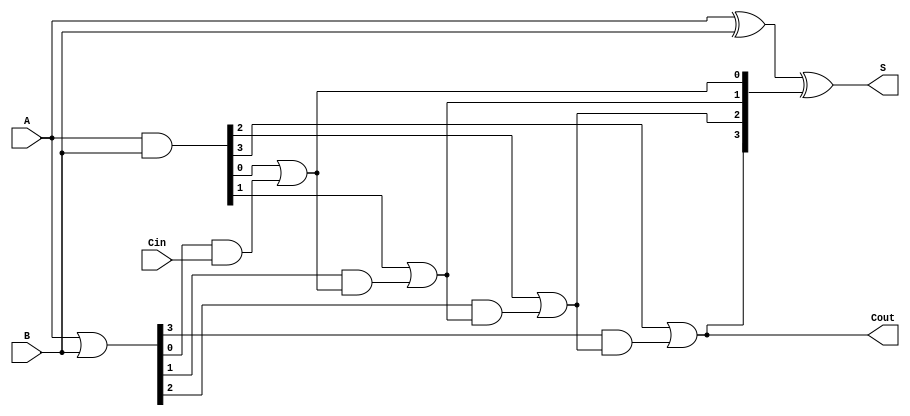
module VariableLatencyCLAA #(parameter N = 4) (
    input  wire [N-1:0] A,      // First operand
    input  wire [N-1:0] B,      // Second operand
    input  wire Cin,             // Carry-in
    output wire [N-1:0] S,       // Sum output
    output wire Cout             // Carry-out
);
    // Generate and propagate signals
    wire [N-1:0] G; // Generate
    wire [N-1:0] P; // Propagate
    wire [N:0] C;    // Carry signals

    // Generate and propagate logic
    assign G = A & B;
    assign P = A | B;

    // Carry signal calculations
    assign C[0] = Cin; // Initial carry input
    genvar i;
    generate
        for (i = 0; i < N; i = i + 1) begin : carry_generation
            assign C[i + 1] = G[i] | (P[i] & C[i]); // Carry computation
        end
    endgenerate

    // Sum calculation
    assign S = A ^ B ^ C[N:1]; // Final sum computation
    assign Cout = C[N]; // Final carry-out

endmodule